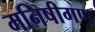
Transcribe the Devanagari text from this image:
मनिषीगण